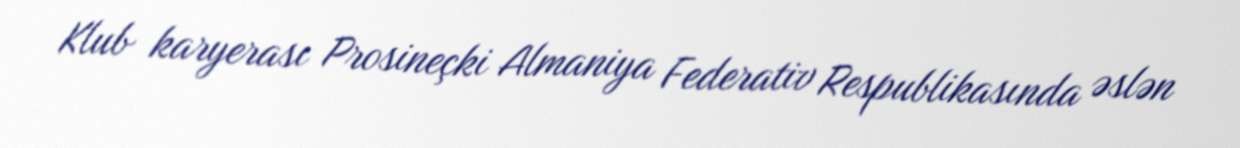
Klub karyerası Prosineçki Almaniya Federativ Respublikasında əslən